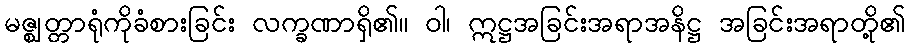
မဇ္ဈတ္တာရုံကိုခံစားခြင်း လက္ခဏာရှိ၏။ ဝါ၊ ဣဋ္ဌအခြင်းအရာအနိဋ္ဌ အခြင်းအရာတို့၏